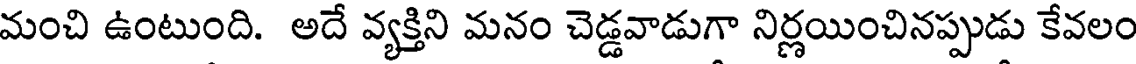
మంచి ఉంటుంది. అదే వ్యక్తిని మనం చెడ్డవాడుగా నిర్ణయించినప్పుడు కేవలం